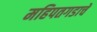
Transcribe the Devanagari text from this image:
महिपतगडाचे